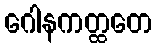
ဂေါနကတ္ထတေ